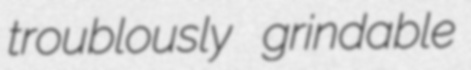
troublously grindable